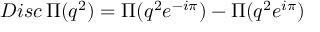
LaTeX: { \sl D i s c \, } \Pi ( q ^ { 2 } ) = \Pi ( q ^ { 2 } e ^ { - i \pi } ) - \Pi ( q ^ { 2 } e ^ { i \pi } )